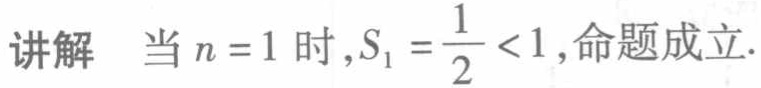
讲解 当 \(n = 1\) 时，\(S_{1}=\frac{1}{2}<1\)，命题成立.